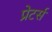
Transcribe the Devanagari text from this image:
प्रेटर्स